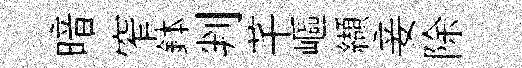
暗窄鉢判芊嶇纈妾除